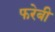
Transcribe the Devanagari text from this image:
फरेबी